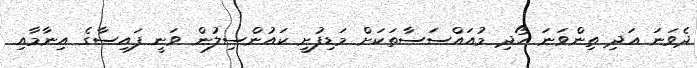
ދެވަނަ އަދި ތިންވަނަ ހޯދި މުއައްސަސާތަކަށް މަޑިފުށީ ކައުންސިލުން ވަނީ ފައިސާގެ އިނާމާއި